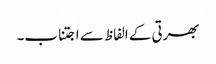
بھرتی کے الفاظ سے اجتناب۔